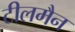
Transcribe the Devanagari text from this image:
टीलमैन